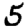
Digit: 5